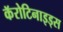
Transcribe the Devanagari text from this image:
कॅरोटिनाइड्स